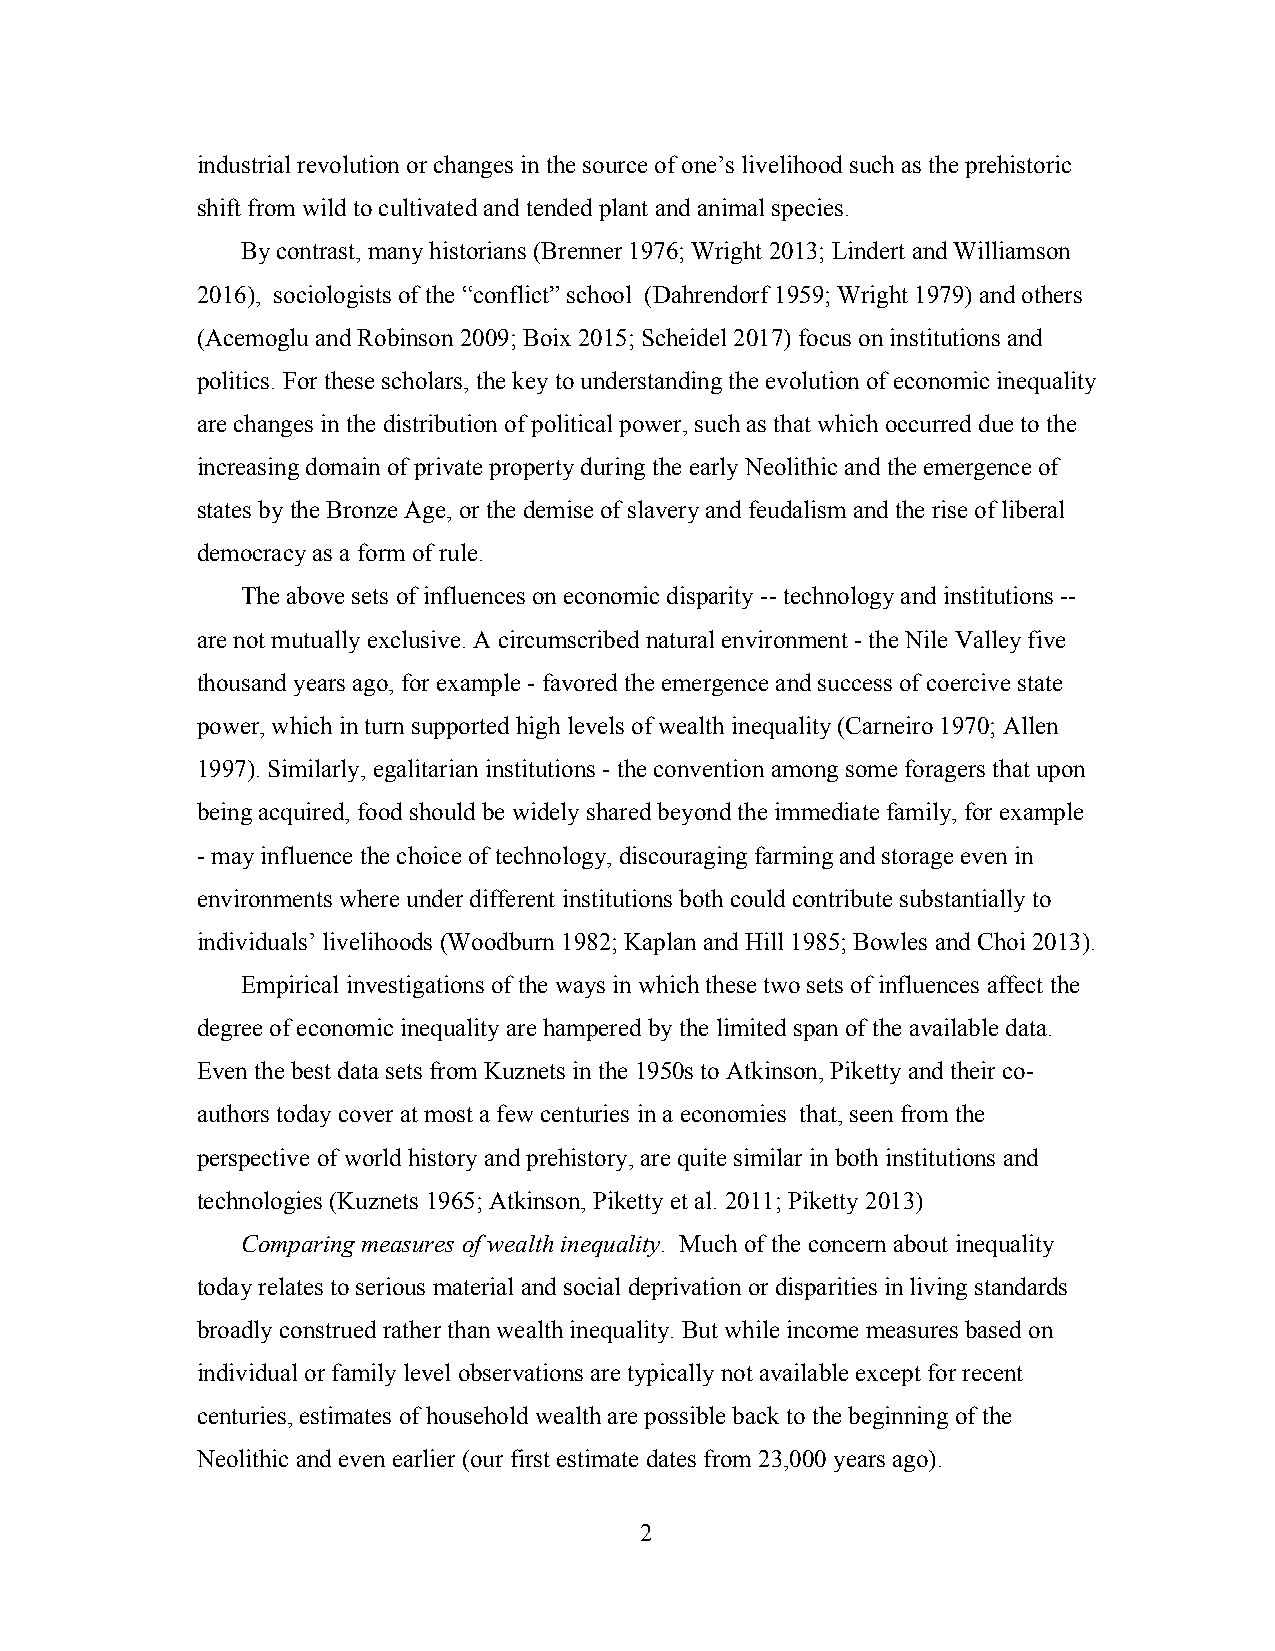
industrial revolution or changes in the source of one’s livelihood such as the prehistoric
 shift from wild to cultivated and tended plant and animal species.
 By contrast, many historians (Brenner 1976; Wright 2013; Lindert and Williamson
 2016), sociologists of the “conflict” school (Dahrendorf 1959; Wright 1979) and others
 (Acemoglu and Robinson 2009; Boix 2015; Scheidel 2017) focus on institutions and
 politics. For these scholars, the key to understanding the evolution of economic inequality
 are changes in the distribution of political power, such as that which occurred due to the
 increasing domain of private property during the early Neolithic and the emergence of
 states by the Bronze Age, or the demise of slavery and feudalism and the rise of liberal
 democracy as a form of rule.
 The above sets of influences on economic disparity -- technology and institutions --
 are not mutually exclusive. A circumscribed natural environment - the Nile Valley five
 thousand years ago, for example - favored the emergence and success of coercive state
 power, which in turn supported high levels of wealth inequality (Carneiro 1970; Allen
 1997). Similarly, egalitarian institutions - the convention among some foragers that upon
 being acquired, food should be widely shared beyond the immediate family, for example
 - may influence the choice of technology, discouraging farming and storage even in
 environments where under different institutions both could contribute substantially to
 individuals’ livelihoods (Woodburn 1982; Kaplan and Hill 1985; Bowles and Choi 2013).
 Empirical investigations of the ways in which these two sets of influences affect the
 degree of economic inequality are hampered by the limited span of the available data.
 Even the best data sets from Kuznets in the 1950s to Atkinson, Piketty and their co-
 authors today cover at most a few centuries in a economies that, seen from the
 perspective of world history and prehistory, are quite similar in both institutions and
 technologies (Kuznets 1965; Atkinson, Piketty et al. 2011; Piketty 2013)
 Comparing measures of wealth inequality. Much of the concern about inequality
 today relates to serious material and social deprivation or disparities in living standards
 broadly construed rather than wealth inequality. But while income measures based on
 individual or family level observations are typically not available except for recent
 centuries, estimates of household wealth are possible back to the beginning of the
 Neolithic and even earlier (our first estimate dates from 23,000 years ago).
 2